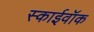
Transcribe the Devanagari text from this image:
स्काईवॉक